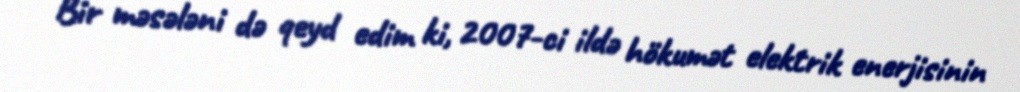
Bir məsələni də qeyd edim ki, 2007-ci ildə hökumət elektrik enerjisinin